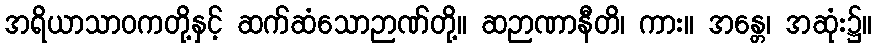
အရိယာသာဝကတို့နှင့် ဆက်ဆံသောဉာဏ်တို့။ ဆဉာဏာနီတိ၊ ကား။ အန္တေ၊ အဆုံး၌။